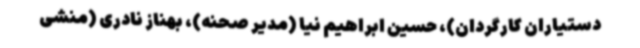
دستیاران کارگردان)، حسین ابراهیم نیا (مدیر صحنه)، بهناز نادری (منشی